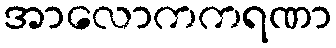
အာလောကကရဏာ